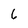
Character: 6